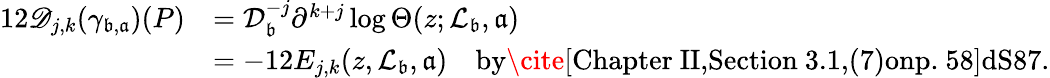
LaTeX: \begin{array}{rl}{12\mathscr{D}_{j,k}(\gamma_{\mathfrak b,\mathfrak a})(P)}&{=\mathcal D_{\mathfrak b}^{-j}\partial^{k+j}\log\Theta(z;\mathcal{L}_{\mathfrak b},\mathfrak a)}\\ &{=-12E_{j,k}(z,\mathcal{L}_{\mathfrak b},\mathfrak a)\quad\textrm{by\cite[Chapter~II,Section~3.1,(7)onp.~58]{dS87}.}}\end{array}